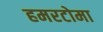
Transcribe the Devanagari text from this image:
हमरटोमा